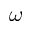
\omega